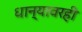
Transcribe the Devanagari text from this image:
धान्यावरही